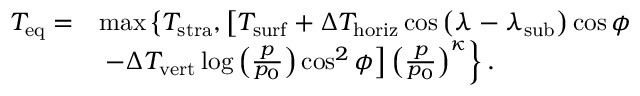
\begin{array} { r l } { T _ { \mathrm { e q } } = } & { \operatorname* { m a x } \left\{ T _ { \mathrm { s t r a } } , \left[ T _ { \mathrm { s u r f } } + \Delta T _ { \mathrm { h o r i z } } \cos \left( \lambda - \lambda _ { \mathrm { s u b } } \right) \cos \phi \right. \right. } \\ & { \left. \left. - \Delta T _ { \mathrm { v e r t } } \log \left( \frac { p } { p _ { 0 } } \right) \cos ^ { 2 } \phi \right] \left( \frac { p } { p _ { 0 } } \right) ^ { \kappa } \right\} . } \end{array}